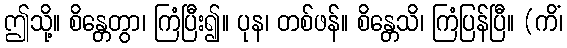
ဤသို့။ စိန္တေတွာ၊ ကြံပြီး၍။ ပုန၊ တစ်ဖန်။ စိန္တေသိ၊ ကြံပြန်ပြီ။ (ကိံ၊